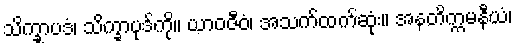
သိက္ခာပဒံ၊ သိက္ခာပုဒ်ကို။ ယာဝဇီဝံ၊ အသက်ထက်ဆုံး။ အနတိက္ကမနီယံ၊